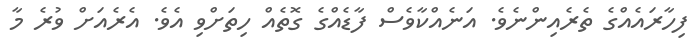
ފިހާރައެއްގެ ތެރެއިންނެވެ. އަނެއްކާވެސް ފާޑެއްގެ ގޮތެއް ހިތަށްވި އެވެ. އެރެއަށް ވުރެ މާ